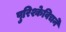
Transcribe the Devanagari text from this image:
पुरिश्केविचने